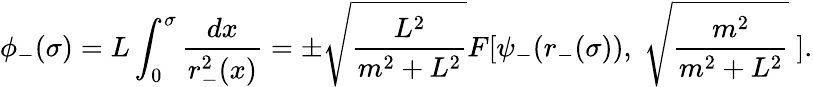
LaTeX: \phi_{-}(\sigma)=L\int_{0}^{\sigma}\frac{dx}{r_{-}^{2}(x)}=\pm\sqrt{\frac{L^{2}}{m^{2}+L^{2}}}F[\psi_{-}(r_{-}(\sigma)),\; \sqrt{\frac{m^{2}}{m^{2}+L^{2}}}\; ].